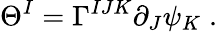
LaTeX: \Theta^{I}=\Gamma^{IJK}\partial_{J}\psi_{K}\; .